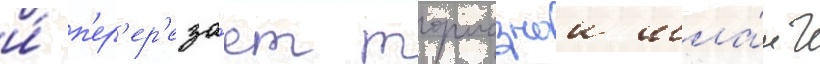
и́ п'ер'ер'еза́ет тормознои шла́нг